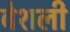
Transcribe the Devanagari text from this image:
वेशली